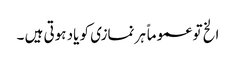
الخ تو عموماً ہر نمازی کو یاد ہوتی ہیں ۔